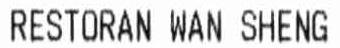
RESTORAN WAN SHENG